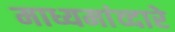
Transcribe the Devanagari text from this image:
माध्यमांव्दारे